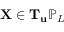
\mathbf { X } \in \mathbf { T } _ { \mathbf { u } } \mathbb { P } _ { L }